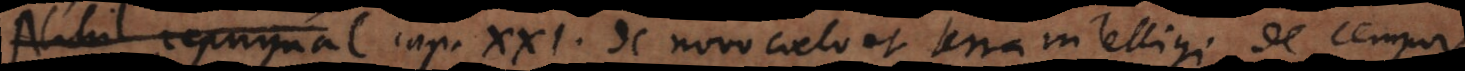
Nihil repugnat Cap. XXI. de novo coelo et terra intelligi de tempore